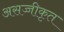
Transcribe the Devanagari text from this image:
असज्जीकृत